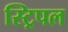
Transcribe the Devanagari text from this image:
स्ट्रिपल